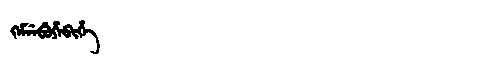
Manchu: ᡴᡝᠮᠨᡝᠪᡠᡥᡝᠪᡳᡥᡝ
Romanization: KEMNEBUHEBIHE